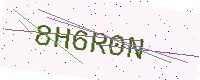
Text: 8H6R0N